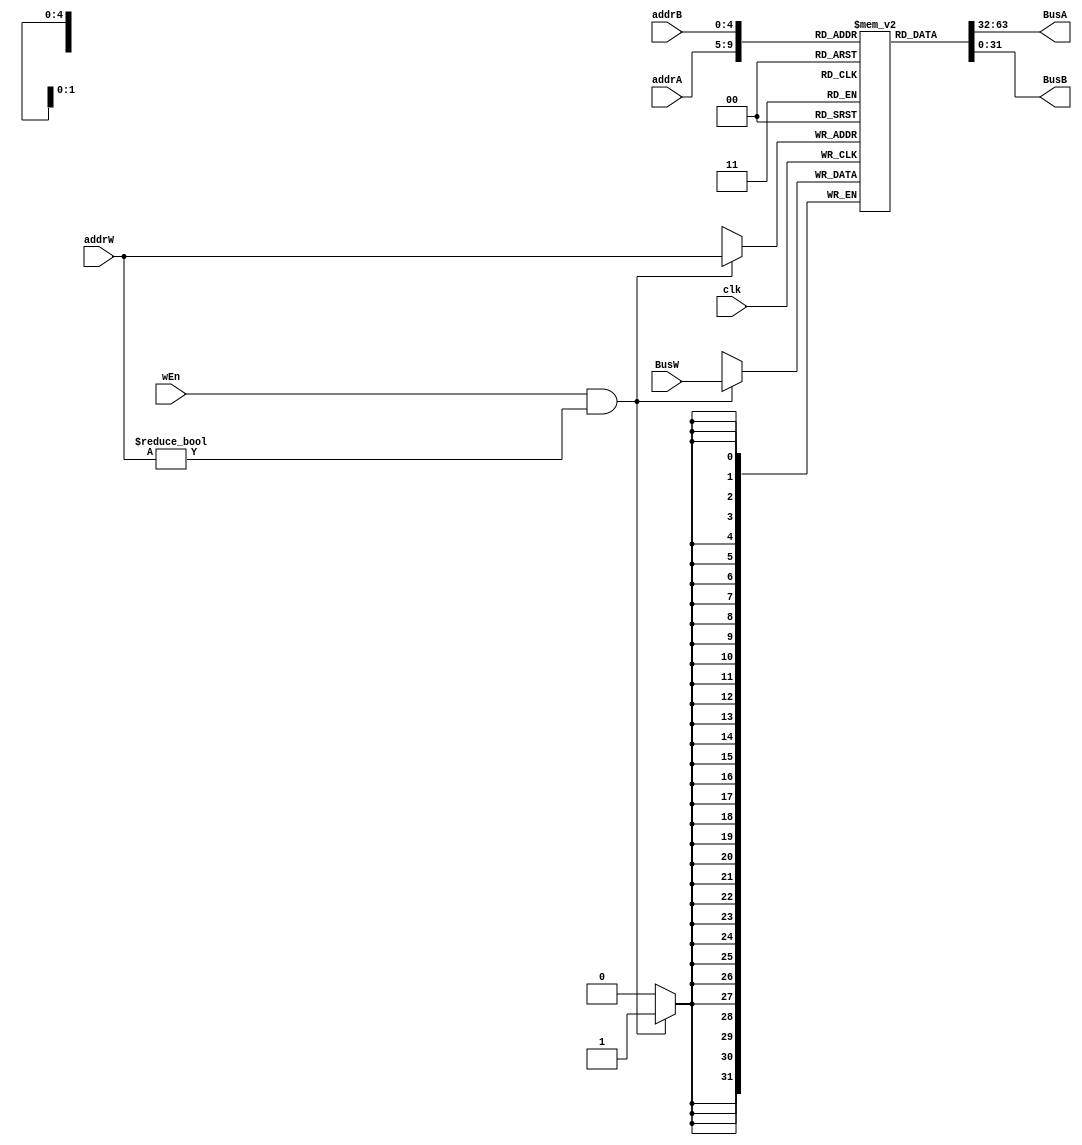
// 2020/5/14 tested
module MIPSregFile(clk,addrW,addrA,addrB,wEn,BusW,BusA,BusB);

input wire       clk,wEn;
input wire[4:0]  addrW,addrA,addrB;
input wire[31:0] BusW;
output reg[31:0] BusA,BusB;
reg[31:0]    register[0:31];
integer i;

initial begin
    for (i=0;i<32;i=i+1) register[i] <= 0;
end
always@(*)begin
    BusA <= register[addrA];
    BusB <= register[addrB];
end
always@(posedge clk) begin
    if(wEn && addrW!=5'd0) register[addrW] <= BusW;
end
endmodule